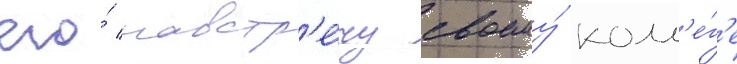
его́ навстр'е́чу своему́ колл'е́г'е